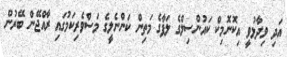
އަދި ވިދާޅުވީ އިކޮނޮމިކް ކައުންސިލްގެ ލަފާގެ މަތިން ކަންނެލީގެ މަސްވެރިކަމުގައި ރާއްޖޭން ބޭރުން